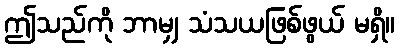
ဤသည်ကို ဘာမျှ သံသယဖြစ်ဖွယ် မရှိ။